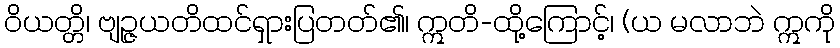
ဝိယတ္တိ၊ ဗျဉ္ဇယတိထင်ရှားပြတတ်၏၊ ဣတိ-ထို့ကြောင့်၊ (ယ မလာဘဲ ဣကို